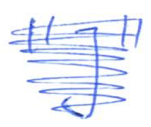
Text: "J"
Cross-out: scratch
Writing tool: ballpoint